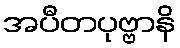
အပီတပုဗ္ဗာနိ